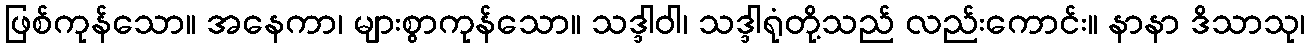
ဖြစ်ကုန်သော။ အနေကာ၊ များစွာကုန်သော။ သဒ္ဒါဝါ၊ သဒ္ဒါရုံတို့သည် လည်းကောင်း။ နာနာ ဒိသာသု၊